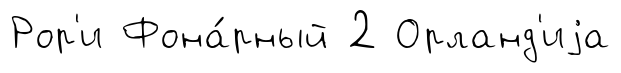
Рор'и Фона́рный 2 Орланд'иjа